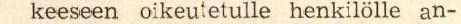
keeseen oikeutetulle henkilölle an-